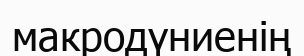
макродүниенің